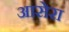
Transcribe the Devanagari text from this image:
आसेरा